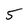
Character: 5